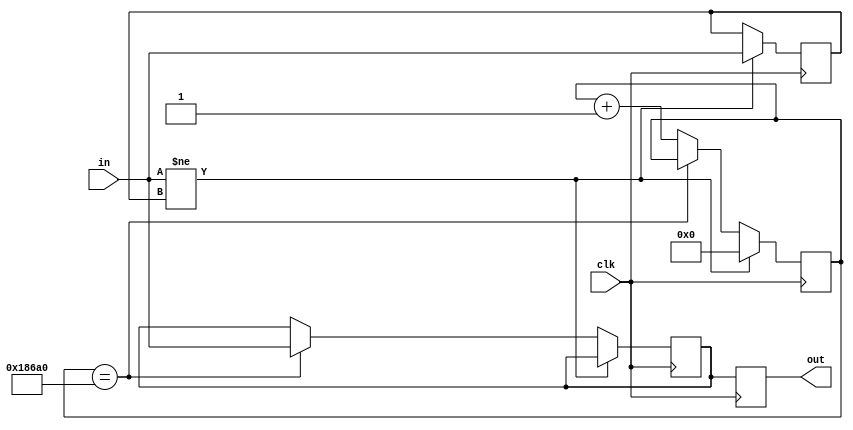
module debounce_unopt #(parameter N=100000) (
		input wire clk,
		input wire in,
		output reg out
	);
	reg prev;
	reg [16:0] ctr;
	reg _o; 
	always @(posedge clk) begin
		if (in != prev) begin
			prev <= in;
			ctr <= 0;
		end else if (ctr == N) begin
			_o <= in;
		end else begin
			ctr <= ctr + 1;
		end
		out <= _o;
	end
endmodule